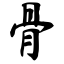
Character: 骨